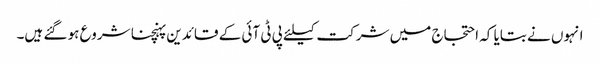
انہوں نے بتایا کہ احتجاج میں شرکت کیلئے پی ٹی آئی کے قائدین پہنچنا شروع ہو گئے ہیں۔